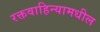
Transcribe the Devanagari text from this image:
रक्तवाहिन्यामधील